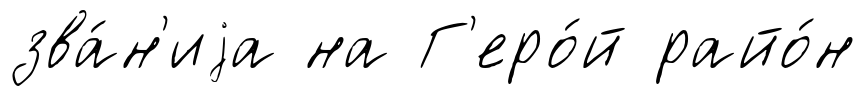
зва́н'иjа на Г'еро́й райо́н